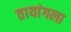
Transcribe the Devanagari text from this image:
तायांगला